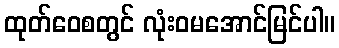
ထုတ်ဝေစတွင် လုံးဝမအောင်မြင်ပါ။